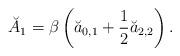
LaTeX: \begin{align*}\breve{A}_1=\beta \left(\breve{a}_{0,1}+\frac 12 \breve{a}_{2,2}\right).\end{align*}